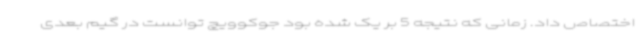
اختصاص داد. زمانی که نتیجه 5 بر یک شده بود جوکوویچ توانست در گیم بعدی